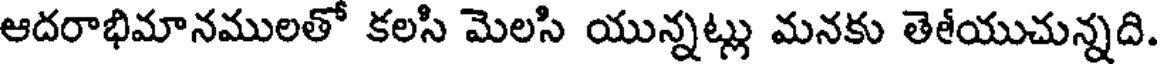
ఆదరాభిమానములతో కలసి మెలసి యున్నట్లు మనకు తెశీయుచున్నది.